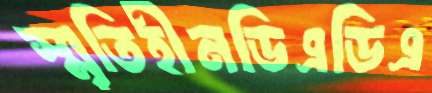
স্মৃতিহীনডিএডিএ